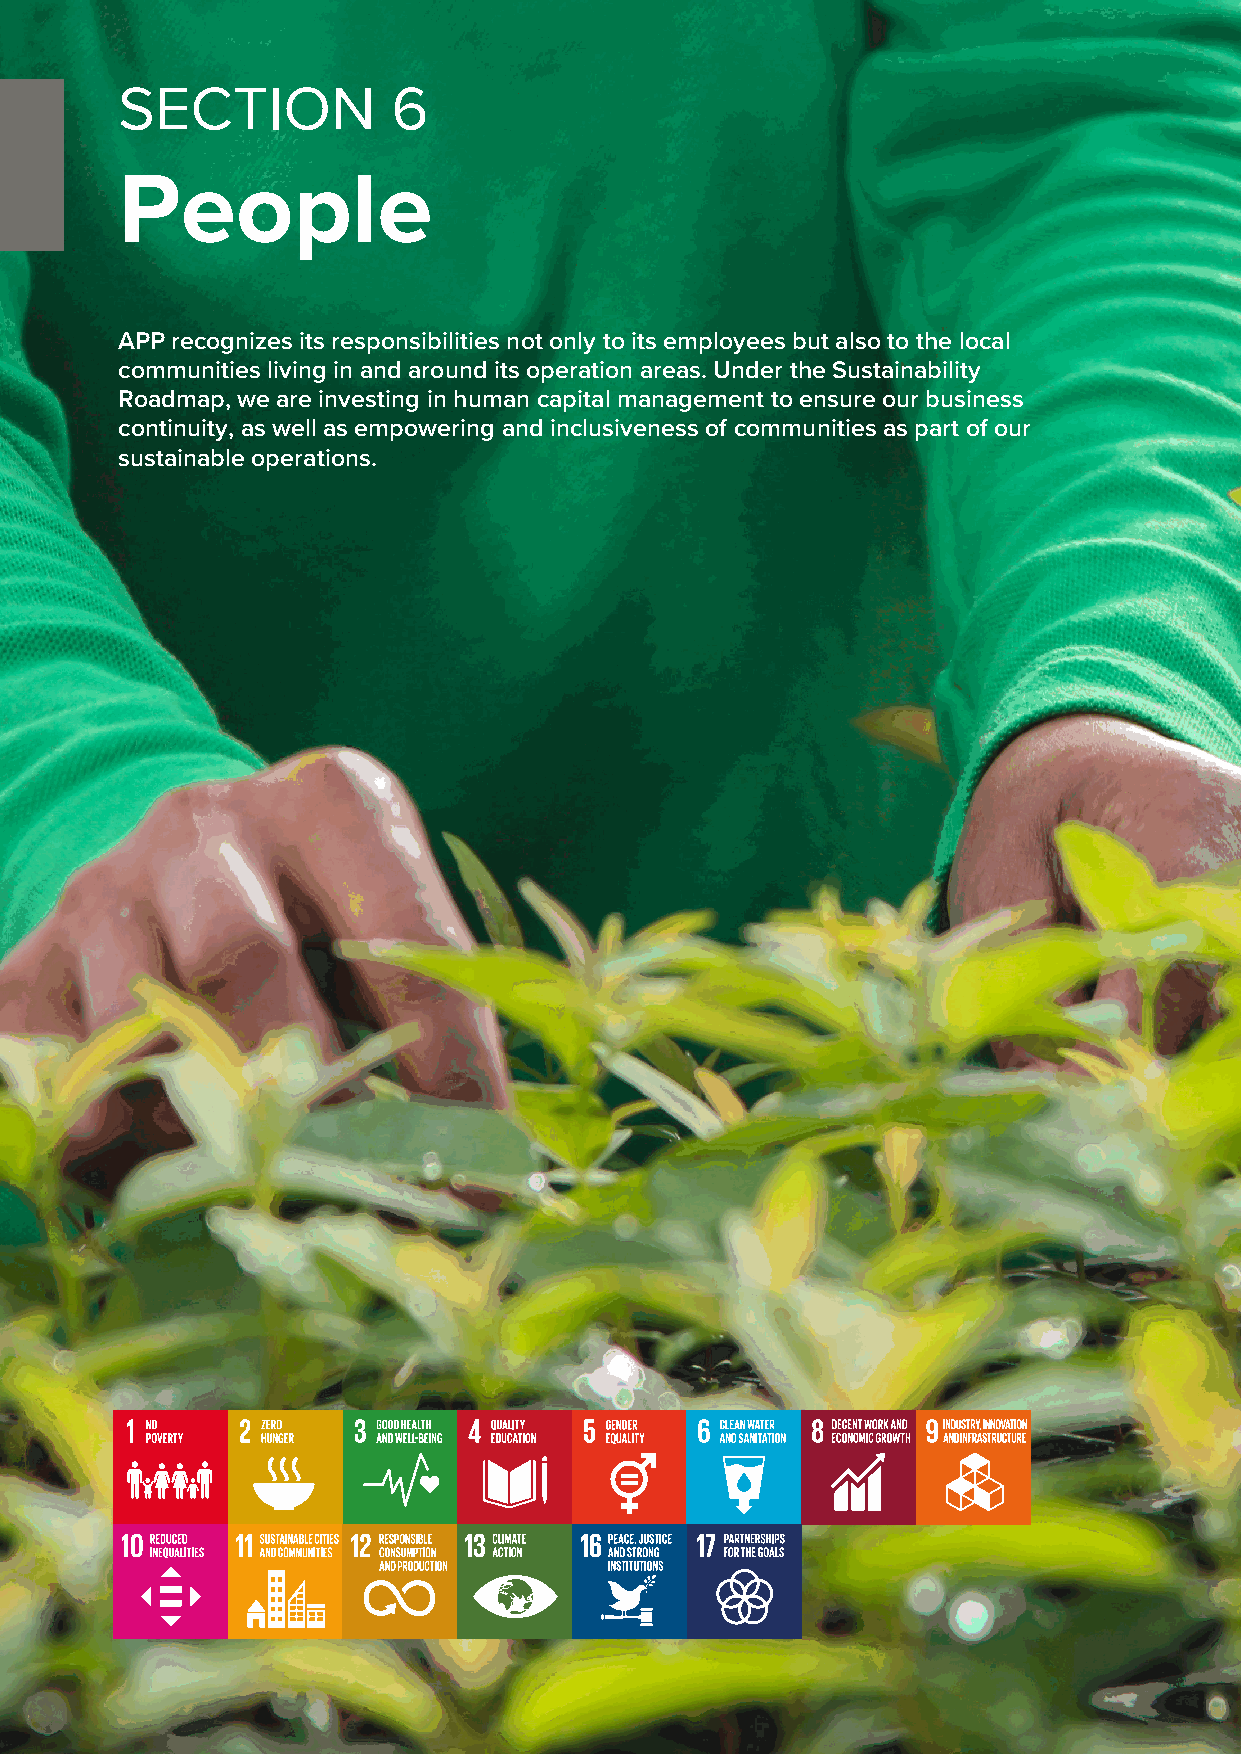
Asia Pulp & Paper            Section 1          Section 2
 SECTION           6
 Sustainability Report 2019   About Us           Senior Statements
 People
 APP recognizes its responsibilities not only to its employees but also to the local
 communities living in and around its operation areas. Under the Sustainability
 Roadmap, we are investing in human capital management to ensure our business
 continuity, as well as empowering and inclusiveness of communities as part of our
 sustainable operations.
 98